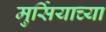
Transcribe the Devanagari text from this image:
मुर्सियाच्या